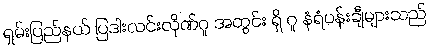
ရှမ်းပြည်နယ် ပြဒါးလင်းလိုဏ်ဂူ အတွင်း ရှိ ဂူ နံရံပန်းချီများသည်